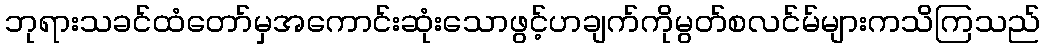
ဘုရားသခင်ထံတော်မှအကောင်းဆုံးသောဖွင့်ဟချက်ကိုမွတ်စလင်မ်များကသိကြသည်